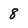
Character: 8